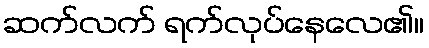
ဆက်လက် ရက်လုပ်နေလေ၏။